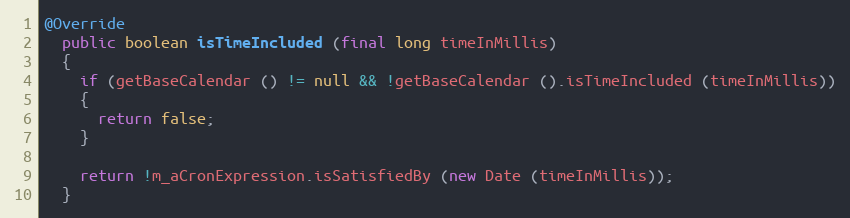
Language: Java
@Override
  public boolean isTimeIncluded (final long timeInMillis)
  {
    if (getBaseCalendar () != null && !getBaseCalendar ().isTimeIncluded (timeInMillis))
    {
      return false;
    }

    return !m_aCronExpression.isSatisfiedBy (new Date (timeInMillis));
  }